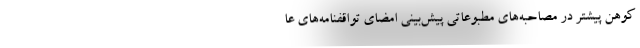
کوهن پیشتر در مصاحبه‌های مطبوعاتی پیش‌بینی امضای تواقفنامه‌های عا